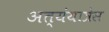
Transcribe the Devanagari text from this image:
अत्यंयात्रेस